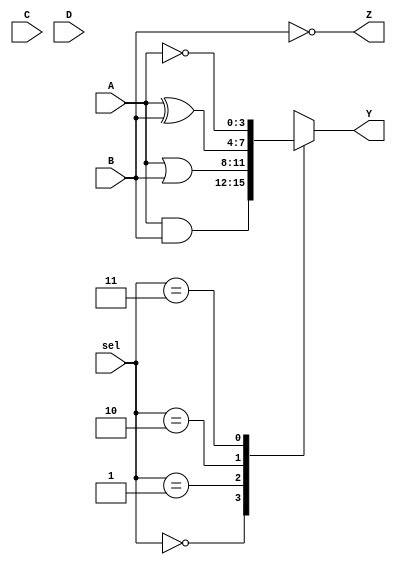
module CLB (
    input wire [3:0] A,      // 4-bit input vector
    input wire [3:0] B,      // 4-bit input vector
    input wire [3:0] C,      // 4-bit input vector
    input wire [3:0] D,      // 4-bit input vector
    input wire [1:0] sel,    // Select signal for multiplexing
    output wire [3:0] Y,     // 4-bit output vector
    output wire [3:0] Z      // 4-bit output vector
);

    // Internal signals for combinational logic
    wire [3:0] and_out;
    wire [3:0] or_out;
    wire [3:0] xor_out;
    wire [3:0] not_out_A;
    wire [3:0] not_out_B;

    // Basic logic operations
    assign and_out = A & B;          // AND operation
    assign or_out = A | B;           // OR operation
    assign xor_out = A ^ B;          // XOR operation
    assign not_out_A = ~A;           // NOT operation on A
    assign not_out_B = ~B;           // NOT operation on B

    // Multiplexer to select output based on 'sel' signal
    always @(*) begin
        case (sel)
            2'b00: Y = and_out;      // Select AND output
            2'b01: Y = or_out;       // Select OR output
            2'b10: Y = xor_out;      // Select XOR output
            2'b11: Y = not_out_A;    // Select NOT A output
            default: Y = 4'b0000;    // Default case
        endcase
    end

    // Additional output logic (example)
    assign Z = not_out_B;            // Output Z as NOT B

endmodule